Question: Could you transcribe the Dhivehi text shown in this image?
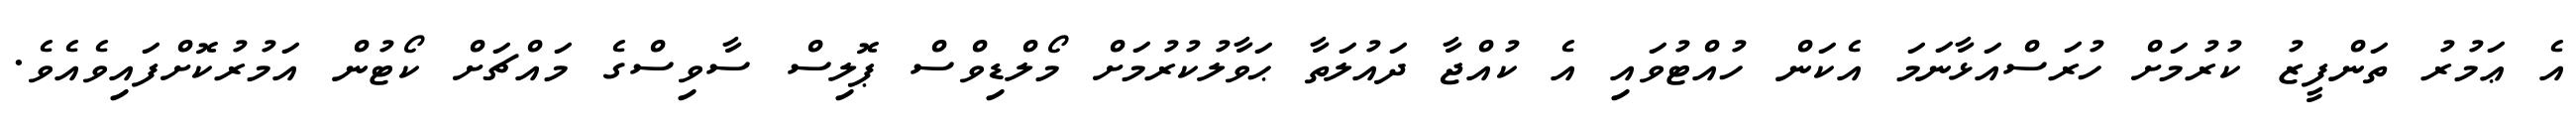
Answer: އެ ޢަމުރު ތަންފީޒު ކުރުމަށް ހުރަސްއަޅާނަމަ އެކަން ހުއްޓުވައި އެ ކުއްޖާ ދައުލަތާ ޙަވާލުކުރުމަށް މޯލްޑިވްސް ޕޮލިސް ސާވިސްގެ މައްޗަށް ކޯޓުން އަމުރުކޮށްފައިވެއެވެ.